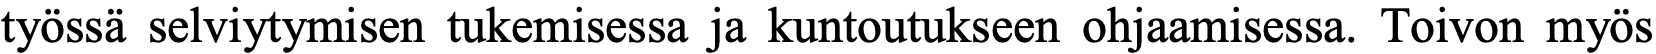
työssä selviytymisen tukemisessa ja kuntoutukseen ohjaamisessa. Toivon myös